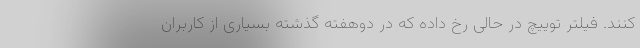
کنند. فیلتر توییچ در حالی رخ داده که در دوهفته گذشته بسیاری از کاربران